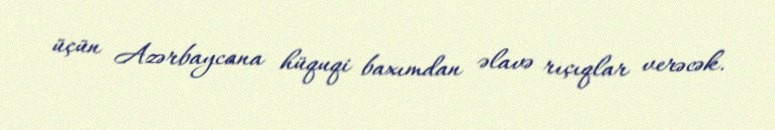
üçün Azərbaycana hüquqi baxımdan əlavə rıçıqlar verəcək.